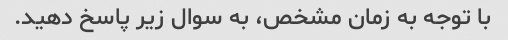
با توجه به زمان مشخص، به سوال زیر پاسخ دهید.